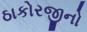
ઠાકોરજીનો